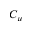
C _ { \mu }